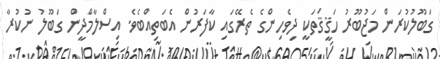
ގަބޫލުކުރަން މަޖުބޫރު ހަޤީޤަތަކީ ދިވެހިންގެ ތެރޭގައި ކާފަރުން އެބަތިއްބެވެ. އިސްލާމްދީން ގަބޫލު ނުކުރާ